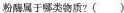
粉酶属于哪类物质?( )